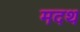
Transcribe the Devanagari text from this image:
मदथ